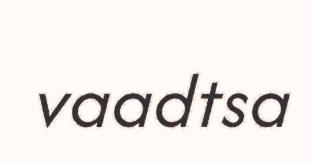
vaadtsa